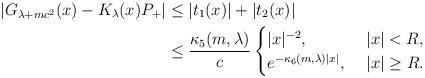
LaTeX: \begin{align*} |G_{\lambda + m c^2}(x) - K_\lambda(x) P_+| &\leq |t_1(x)| + |t_2(x)| \\ &\leq \frac{\kappa_5(m, \lambda)}{c} \begin{cases} |x|^{-2}, &~ |x| < R, \\ e^{-\kappa_6(m, \lambda) |x|}, &~|x| \geq R. \end{cases} \\ \end{align*}